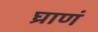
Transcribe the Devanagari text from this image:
घ्राणं